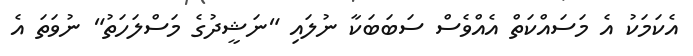
އެކަމަކު އެ މަސައްކަތް އެއްވެސް ސަބަބަކާ ނުލައި "ނަޝީދުގެ މަސްލަހަތު" ނުވަތަ އެ